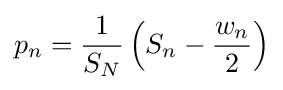
p_{n}={\frac {1}{S_{N}}}\left(S_{n}-{\frac {w_{n}}{2}}\right)